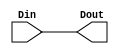
module LEA_PASS(Din,Dout);

input [31:0] Din;
output [31:0] Dout;

//assign Dout[31:0] = {Din[31:16], Din[15:0]};
  assign Dout[31:0] = Din[31:0];
endmodule